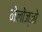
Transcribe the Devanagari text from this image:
मेलोज्जो